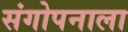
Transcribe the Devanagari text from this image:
संगोपनाला